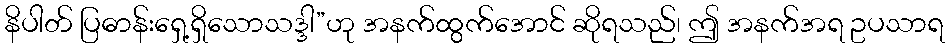
နိပါတ် ပြဓာန်းရှေ့ရှိသောသဒ္ဒါ”ဟု အနက်ထွက်အောင် ဆိုရသည်၊ ဤ အနက်အရ ဥပသာရ